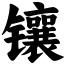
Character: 镶